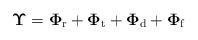
LaTeX: \begin{align*}\boldsymbol{\Upsilon}= \boldsymbol{\Phi}_{\mathrm{r}}+\boldsymbol{\Phi}_{\mathrm{t}}+\boldsymbol{\Phi}_{\mathrm{d}}+\boldsymbol{\Phi}_{\mathrm{f}}\end{align*}